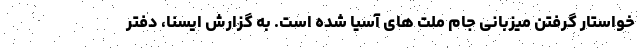
خواستار گرفتن میزبانی جام ملت های آسیا شده است. به گزارش ایسنا، دفتر